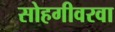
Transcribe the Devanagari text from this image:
सोहगीवरवा